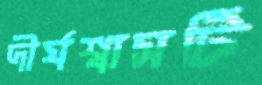
দীর্ঘশ্বাসটি